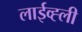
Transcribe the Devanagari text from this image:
लाईव्ह्ली